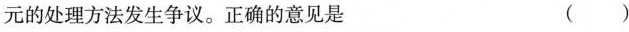
元的处理方法发生争议。正确的意见是 ( )